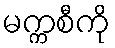
မက္ကစီကို